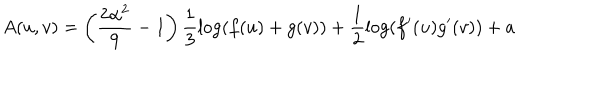
LaTeX: A ( u , v ) = \left( \frac { 2 \alpha ^ { 2 } } { 9 } - 1 \right) \frac { 1 } { 3 } \log ( f ( u ) + g ( v ) ) + \frac { 1 } { 2 } \log ( f ^ { \prime } ( u ) g ^ { \prime } ( v ) ) + a